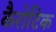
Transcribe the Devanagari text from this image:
कैरोटिक